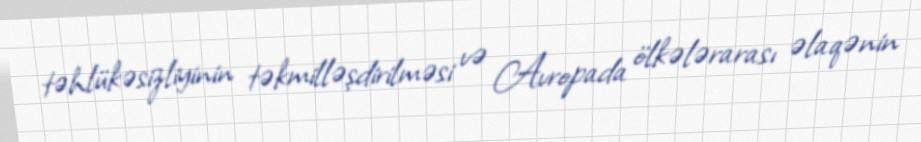
təhlükəsizliyinin təkmilləşdirilməsi və Avropada ölkələrarası əlaqənin